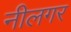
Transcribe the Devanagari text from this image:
नीलगर